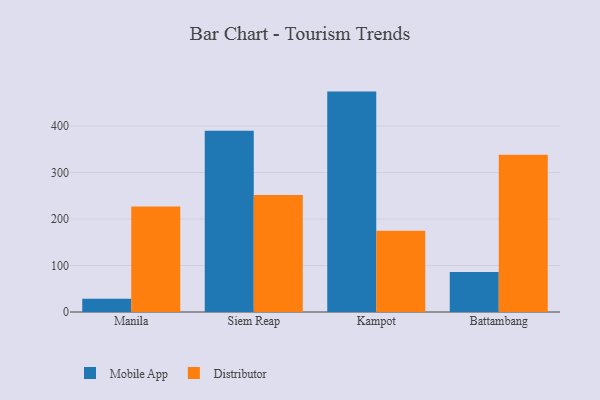
{"axis": {"x": "City", "y": "Net Income (USD K)"}, "legend": ["Distributor", "Mobile App"], "data": [{"x": "Manila", "y": 28.6, "type": "Mobile App"}, {"x": "Manila", "y": 226.8, "type": "Distributor"}, {"x": "Siem Reap", "y": 389.8, "type": "Mobile App"}, {"x": "Siem Reap", "y": 251.8, "type": "Distributor"}, {"x": "Kampot", "y": 474.0, "type": "Mobile App"}, {"x": "Kampot", "y": 174.8, "type": "Distributor"}, {"x": "Battambang", "y": 86.2, "type": "Mobile App"}, {"x": "Battambang", "y": 338.4, "type": "Distributor"}]}